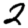
Digit: 2